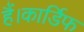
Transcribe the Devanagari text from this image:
हैं।कार्डिफ